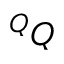
^ Q Q